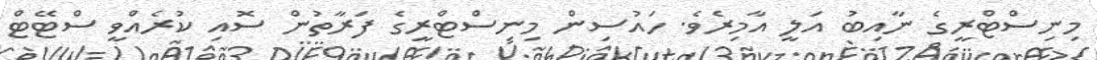
މިނިސްޓްރީގެ ނާއިބު އަލީ އާމިރެވެ. ހައުސިން މިނިސްޓްރީގެ ފަރާތުން ސޮއި ކުރެއްވީ ސްޓޭޓް